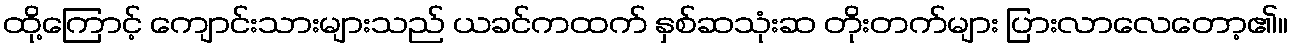
ထို့ကြောင့် ကျောင်းသားများသည် ယခင်ကထက် နှစ်ဆသုံးဆ တိုးတက်များ ပြားလာလေတော့၏။